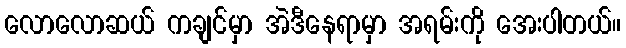
လောလောဆယ် ကချင်မှာ အဲဒီနေရာမှာ အရမ်းကို အေးပါတယ်။